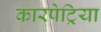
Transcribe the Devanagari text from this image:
कारपेट्रिया